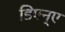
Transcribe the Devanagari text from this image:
डिएन्ए